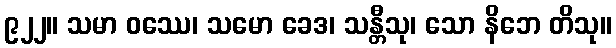
၉၂၂။ သမာ ဝဿေ၊ သမော ခေဒ၊ သန္တီသု၊ သော နိဘေ တိသု။